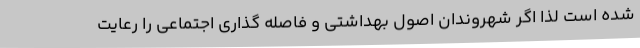
شده است لذا اگر شهروندان اصول بهداشتی و فاصله گذاری اجتماعی را رعایت